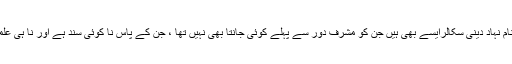
ان رمضان نشریات کے اینکرز میں بعض نام نہاد دینی سکالرایسے بھی ہیں جن کو مشرف دور سے پہلے کوئی جانتا بھی نہیں تھا ، جن کے پاس نا کوئی سند ہے اور نا ہی علماءانہیں اپنے میں سے مانتے یا جانتے ہیں۔